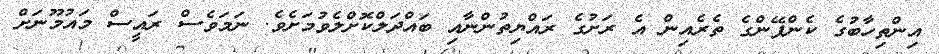
އިންތިހާބުގެ ކެންޕޭންގެ ތެރެއިން އެ ރަށުގެ ރައްޔިތުންނާއި ބައްދަލްކޮށްލެވުމަށެވެ. ނަމަވެސް ރައީސް މައުމޫނަށް